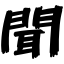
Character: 聞